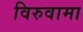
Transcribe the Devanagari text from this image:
विरुवामा